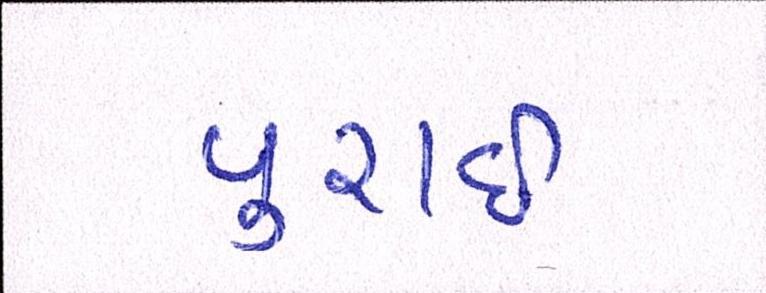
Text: પુરાઈ